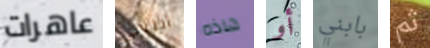
عاهرات أظنني هاذه أو بابني ثم